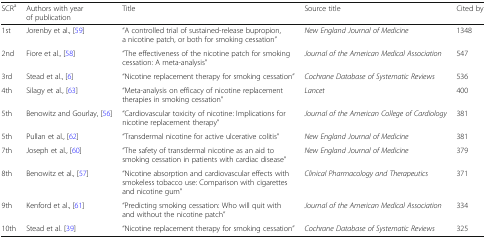
<table><thead><tr><td><b>SCR<sup>a</sup></b></td><td><b>Authors with year of publication</b></td><td><b>Title</b></td><td><b>Source title</b></td><td><b>Cited by</b></td></tr></thead><tbody><tr><td>1st</td><td>Jorenby et al., [59]</td><td>“A controlled trial of sustained-release bupropion, a nicotine patch, or both for smoking cessation”</td><td><i>New England Journal of Medicine</i></td><td>1348</td></tr><tr><td>2nd</td><td>Fiore et al., [58]</td><td>“The effectiveness of the nicotine patch for smoking cessation: A meta-analysis”</td><td><i>Journal of the American Medical Association</i></td><td>547</td></tr><tr><td>3rd</td><td>Stead et al., [6]</td><td>“Nicotine replacement therapy for smoking cessation”</td><td><i>Cochrane Database of Systematic Reviews</i></td><td>536</td></tr><tr><td>4th</td><td>Silagy et al., [63]</td><td>“Meta-analysis on efficacy of nicotine replacement therapies in smoking cessation”</td><td><i>Lancet</i></td><td>400</td></tr><tr><td>5th</td><td>Benowitz and Gourlay, [56]</td><td>“Cardiovascular toxicity of nicotine: Implications for nicotine replacement therapy”</td><td><i>Journal of the American College of Cardiology</i></td><td>381</td></tr><tr><td>5th</td><td>Pullan et al., [62]</td><td>“Transdermal nicotine for active ulcerative colitis”</td><td><i>New England Journal of Medicine</i></td><td>381</td></tr><tr><td>7th</td><td>Joseph et al., [60]</td><td>“The safety of transdermal nicotine as an aid to smoking cessation in patients with cardiac disease”</td><td><i>New England Journal of Medicine</i></td><td>379</td></tr><tr><td>8th</td><td>Benowitz et al., [57]</td><td>“Nicotine absorption and cardiovascular effects with smokeless tobacco use: Comparison with cigarettes and nicotine gum”</td><td><i>Clinical Pharmacology and Therapeutics</i></td><td>371</td></tr><tr><td>9th</td><td>Kenford et al., [61]</td><td>“Predicting smoking cessation: Who will quit with and without the nicotine patch”</td><td><i>Journal of the American Medical Association</i></td><td>334</td></tr><tr><td>10th</td><td>Stead et al. [39]</td><td>“Nicotine replacement therapy for smoking cessation”</td><td><i>Cochrane Database of Systematic Reviews</i></td><td>325</td></tr></tbody></table>